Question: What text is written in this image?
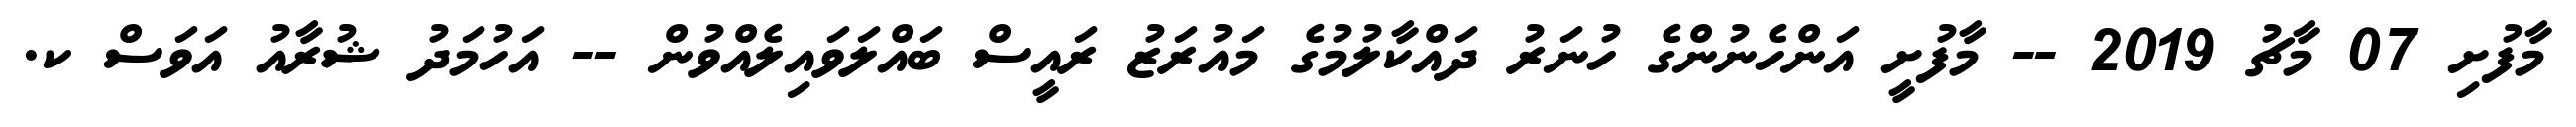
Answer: މާފުށި 07 މާޗު 2019 -- މާފުށީ އަންހެނުންގެ ހުނަރު ދައްކާލުމުގެ މައުރަޒު ރައީސް ބައްލަވައިލެއްވުން -- އަހުމަދު ޝުރާއު އަވަސް ކ.